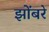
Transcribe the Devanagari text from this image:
झोंबरे